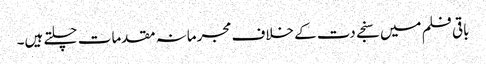
باقی فلم میں سنجے دت کے خلاف مجرمانہ مقدمات چلتے ہیں۔